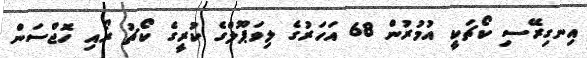
އިނގިރޭސި ކޯޗަކީ އުމުރުން 68 އަހަރުގެ ލިވަޕޫލްގެ ކުރީގެ ކޯޗު ރޯއި ހޮޖްސަން